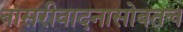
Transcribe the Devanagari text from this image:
बासरीवादनासोबतच